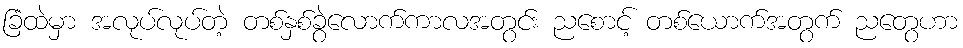
ခြံထဲမှာ အလုပ်လုပ်တဲ့ တစ်နှစ်ခွဲလောက်ကာလအတွင်း ညစောင့် တစ်ယောက်အတွက် ညတွေဟာ